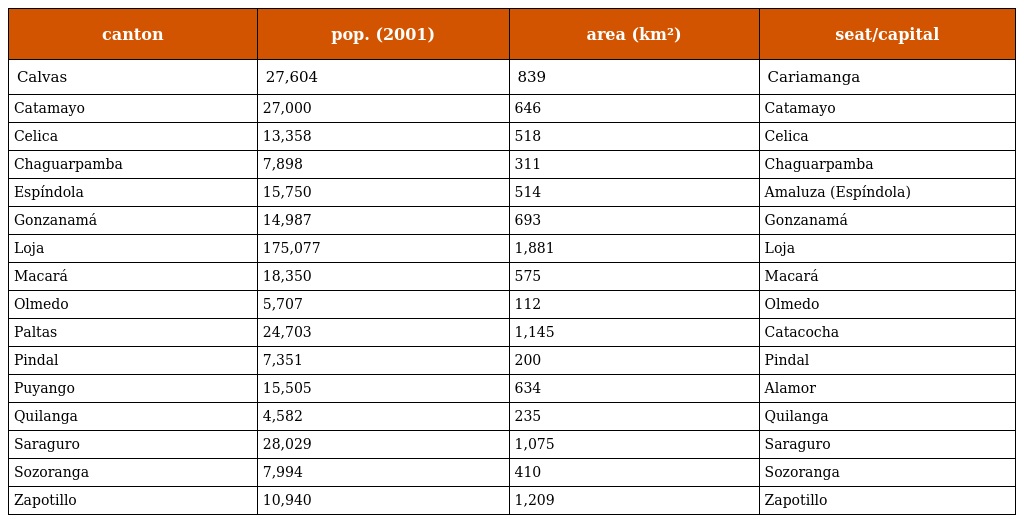
| canton | pop. (2001) | area (km²) | seat/capital |
 | --- | --- | --- | --- |
 | Calvas | 27,604 | 839 | Cariamanga |
 | Catamayo | 27,000 | 646 | Catamayo |
 | Celica | 13,358 | 518 | Celica |
 | Chaguarpamba | 7,898 | 311 | Chaguarpamba |
 | Espíndola | 15,750 | 514 | Amaluza (Espíndola) |
 | Gonzanamá | 14,987 | 693 | Gonzanamá |
 | Loja | 175,077 | 1,881 | Loja |
 | Macará | 18,350 | 575 | Macará |
 | Olmedo | 5,707 | 112 | Olmedo |
 | Paltas | 24,703 | 1,145 | Catacocha |
 | Pindal | 7,351 | 200 | Pindal |
 | Puyango | 15,505 | 634 | Alamor |
 | Quilanga | 4,582 | 235 | Quilanga |
 | Saraguro | 28,029 | 1,075 | Saraguro |
 | Sozoranga | 7,994 | 410 | Sozoranga |
 | Zapotillo | 10,940 | 1,209 | Zapotillo |